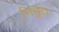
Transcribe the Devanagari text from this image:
निर्वृत